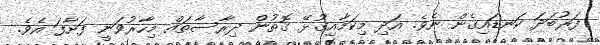
ފަރުބަދަ ކަނޑައިގެން ނެވެ. އަދި މިކަމާއިގުޅޭ ގޮތުން ދިރާސާތައް މިހާރުވަނީ ފަށާފަ އެވެ.